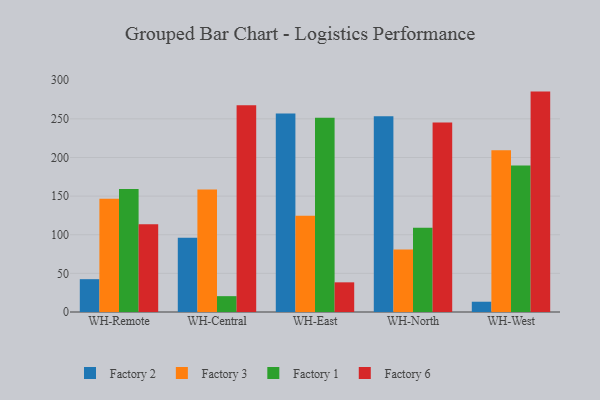
{"axis": {"x": "Warehouse", "y": "Active Users"}, "legend": ["Factory 1", "Factory 2", "Factory 3", "Factory 6"], "data": [{"x": "WH-Remote", "y": 42.5, "type": "Factory 2"}, {"x": "WH-Remote", "y": 146.5, "type": "Factory 3"}, {"x": "WH-Remote", "y": 159.3, "type": "Factory 1"}, {"x": "WH-Remote", "y": 113.7, "type": "Factory 6"}, {"x": "WH-Central", "y": 96.0, "type": "Factory 2"}, {"x": "WH-Central", "y": 158.5, "type": "Factory 3"}, {"x": "WH-Central", "y": 20.5, "type": "Factory 1"}, {"x": "WH-Central", "y": 267.5, "type": "Factory 6"}, {"x": "WH-East", "y": 257.1, "type": "Factory 2"}, {"x": "WH-East", "y": 124.5, "type": "Factory 3"}, {"x": "WH-East", "y": 251.5, "type": "Factory 1"}, {"x": "WH-East", "y": 38.4, "type": "Factory 6"}, {"x": "WH-North", "y": 253.4, "type": "Factory 2"}, {"x": "WH-North", "y": 80.8, "type": "Factory 3"}, {"x": "WH-North", "y": 109.2, "type": "Factory 1"}, {"x": "WH-North", "y": 245.3, "type": "Factory 6"}, {"x": "WH-West", "y": 13.3, "type": "Factory 2"}, {"x": "WH-West", "y": 209.4, "type": "Factory 3"}, {"x": "WH-West", "y": 189.6, "type": "Factory 1"}, {"x": "WH-West", "y": 285.3, "type": "Factory 6"}]}